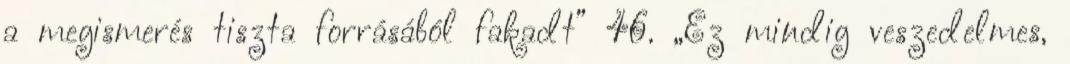
a megismerés tiszta forrásából fakadt” 46. „Ez mindig veszedelmes,